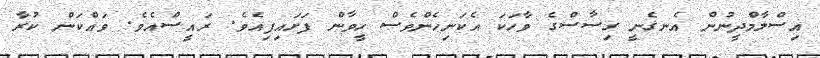
އިސްލާމްދީނުން އެނގެނީ ގިސާސްގެ ވާހަކަ އެކަނިހެންވެސް ހީވާން ފަށައިފިއެވެ. ރައީސްއެވެ. ވައްކަން ކުރާ